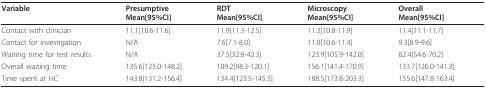
| Variable | PresumptiveMean[95%CI] | RDTMean[95%CI] | MicroscopyMean[95%CI] | OverallMean[95%CI] |
 | --- | --- | --- | --- | --- |
 | Contact with clinician | 11.1[10.6-11.6] | 11.9[11.3-12.5] | 11.3[10.8-11.9] | 11.4[11.1-11.7] |
 | Contact for investigation | N/A | 7.6[7.1-8.0] | 11.0[10.6-11.4] | 9.3[8.9-9.6] |
 | Waiting time for test results | N/A | 37.5[32.8-42.3] | 123.9[105.9-142.0] | 62.4[54.6-70.2] |
 | Overall waiting time | 135.6[123.0-148.2] | 109.2[98.3-120.1] | 156.1[141.4-170.9] | 133.7[126.0-141.3] |
 | Time spent at HC | 143.8[131.2-156.4] | 134.4[123.5-145.3] | 188.5[173.8-203.3] | 155.6[147.8-163.4] |